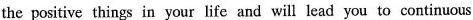
the positive things in your life and will lead you to continuous